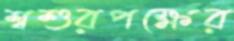
শ্বশুরপক্ষের